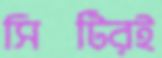
সিটিরই